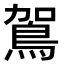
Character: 鴐